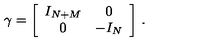
\gamma = \biggl [ \begin{array} { c c } { I _ { N + M } } & { 0 } \\ { 0 } & { - I _ { N } } \\ \end{array} \biggr ] \ .